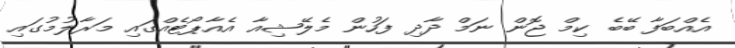
އެއްބަފާ ބޭބެ ކިމް ޖޮން ނަމް ދާދި ފަހުން މެލޭޝިއާ އެއާޕޯޓެއްގައި މަރާލުމުގައި